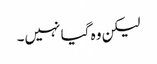
لیکن وہ گیا نہیں۔